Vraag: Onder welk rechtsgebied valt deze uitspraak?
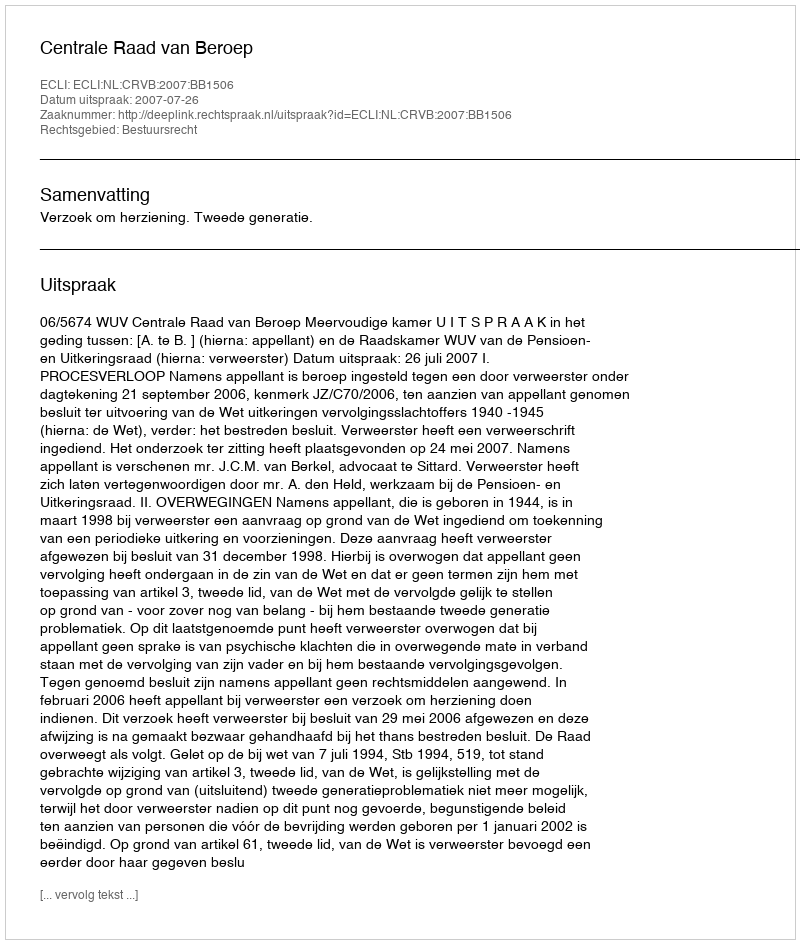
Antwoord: Bestuursrecht